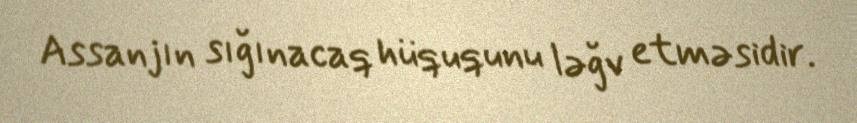
Assanjın sığınacaq hüququnu ləğv etməsidir.